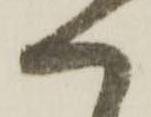
へ